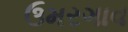
ઉમરગાવ